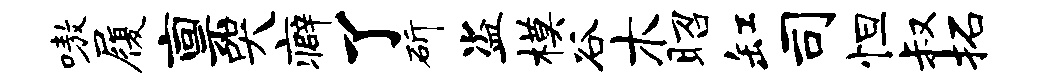
嗷履禀哭癖了斫盗模谷木昭缸司怛叔拓